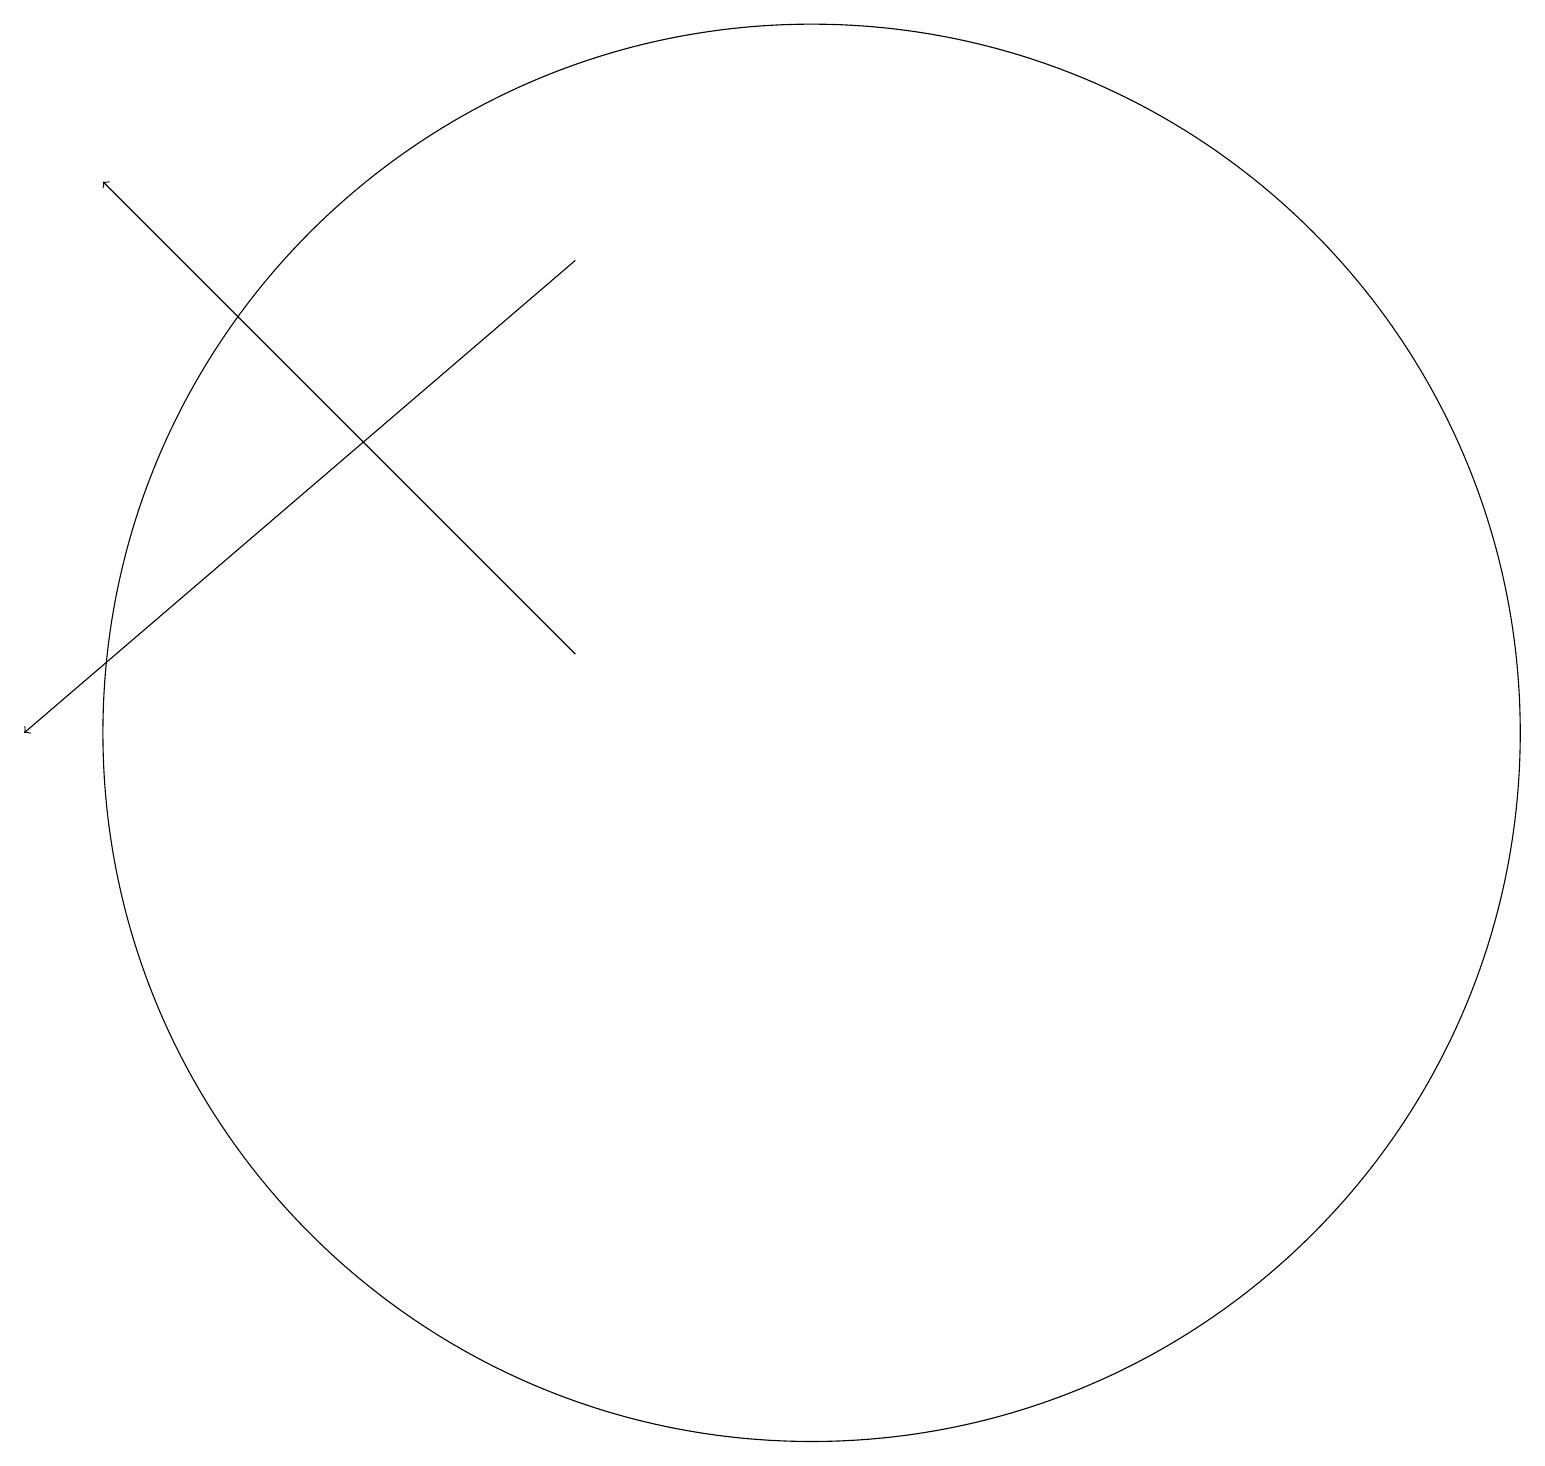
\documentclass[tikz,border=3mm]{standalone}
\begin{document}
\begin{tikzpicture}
\draw (10,12) circle (9);
\draw[->] (7,18) -- (0,12);
\draw[->] (7,13) -- (1,19);
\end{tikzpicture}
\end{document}